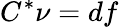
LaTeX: C^{*}\nu=df